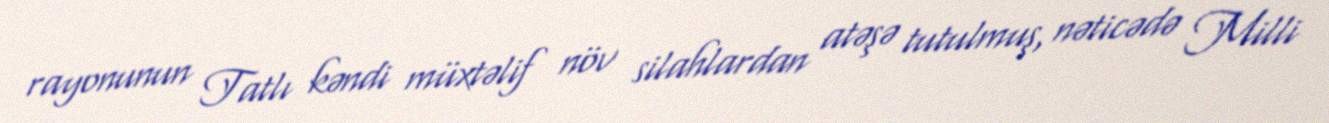
rayonunun Tatlı kəndi müxtəlif növ silahlardan atəşə tutulmuş, nəticədə Milli